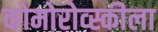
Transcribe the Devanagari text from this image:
कोमोरोव्स्कीला